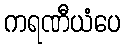
ကရဏီယံပေ